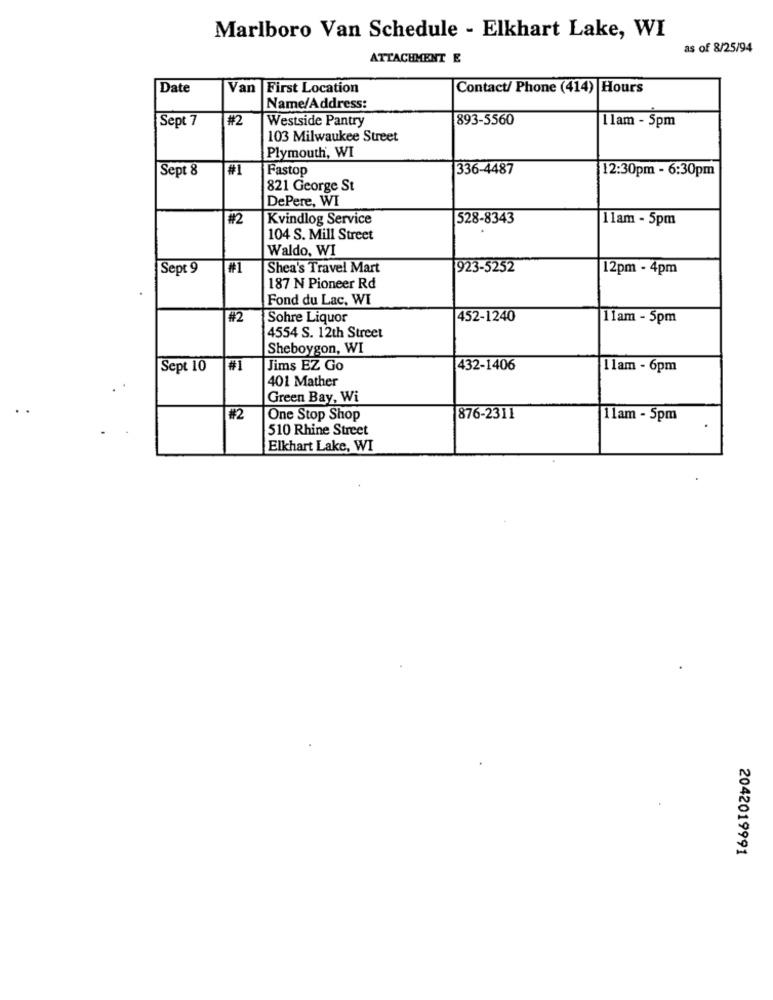
Marlboro Van Schedule - Elkhart Lake, WI
as of 8/25/94
ATTACHMENT E
Date
Van First Location
Contact/ Phone (414) Hours
Name/Address:
Sept 7
#2
Westside Pantry
893-5560
llam - 5pm
103 Milwaukee Street
Plymouth, WI
Sept 8
#1
Fastop
336-4487
12:30pm - 6:30pm
821 George St
DePere, WI
#2
Kvindlog Service
528-8343
11am - 5pm
104 S. Mill Street
Waldo, WI
Sept 9
#1
Shea's Travel Mart
923-5252
12pm - 4pm
187 N Pioneer Rd
Fond du Lac, WI
#2
Sobre Liquor
452-1240
11am - 5pm
4554 S. 12th Street
Sheboygon, WI
Sept 10
#1
Jims EZ Go
432-1406
llam - 6pm
401 Mather
Green Bay, Wi
#2
One Stop Shop
876-2311
11am - 5pm
510 Rhine Street
Elkhart Lake, WI
2042019991